Annual report of the Bengal Veterinary College and of the Civil Veterinary Department, Bengal, for the year 1920-21 - 1920-1921
Year: 1920
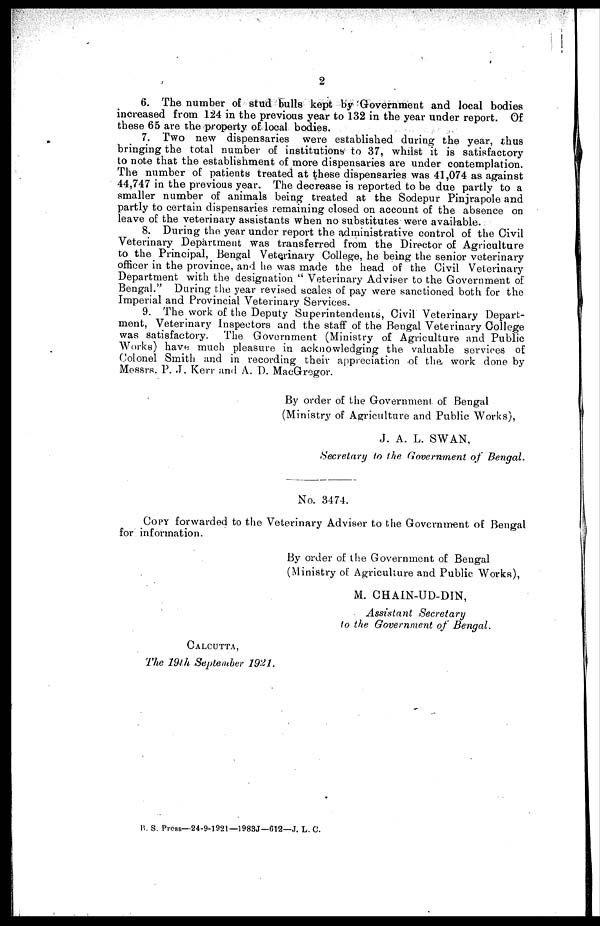
2
6. The number of stud bulls kept by Government and local bodies
increased from 124 in the previous year to 132 in the year under report. Of
these 65 are the property of local bodies.
7. Two new dispensaries were established during the year, thus
bringing the total number of institutions to 37, whilst it is satisfactory
to note that the establishment of more dispensaries are under contemplation.
The number of patients treated at these dispensaries was 41,074 as against
44,747 in the previous year. The decrease is reported to be due partly to a
smaller number of animals being treated at the Sodepur Pinjrapole and
partly to certain dispensaries remaining closed on account of the absence on
leave of the veterinary assistants when no substitutes were available.
8. During the year under report the administrative control of the Civil
Veterinary Department was transferred from the Director of Agriculture
to the Principal, Bengal Veterinary College, he being the senior veterinary
officer in the province, and he was made the head of the Civil Veterinary
Department with the designation " Veterinary Adviser to the Government of
Bengal." During the year revised scales of pay were sanctioned both for the
Imperial and Provincial Veterinary Services.
9. The work of the Deputy Superintendents, Civil Veterinary Depart-
ment, Veterinary Inspectors and the staff of the Bengal Veterinary College
was satisfactory.
The Government (Ministry of Agriculture and Public
Works) have much pleasure in acknowledging the valuable services of
Colonel Smith and in recording their appreciation of the work done by
Messrs. P. J. Kerr and A. D. MacGregor.
By order of the Government of Bengal
(Ministry of Agriculture and Public Works),
J. A. L. SWAN,
Secretary to the Government of Bengal.
No. 3474.
COPY forwarded to the Veterinary Advisor to the Government of Bengal
for information.
By order of the Government of Bengal
(Ministry of Agriculture and Public Works),
M. CHAIN-UD-DIN,
Assistant
Secretary
to the Government of Bengal.
CALCUTTA,
The 19th September 1921.
B. S. Press—24-9-1921—1983J—612—J. L. C.